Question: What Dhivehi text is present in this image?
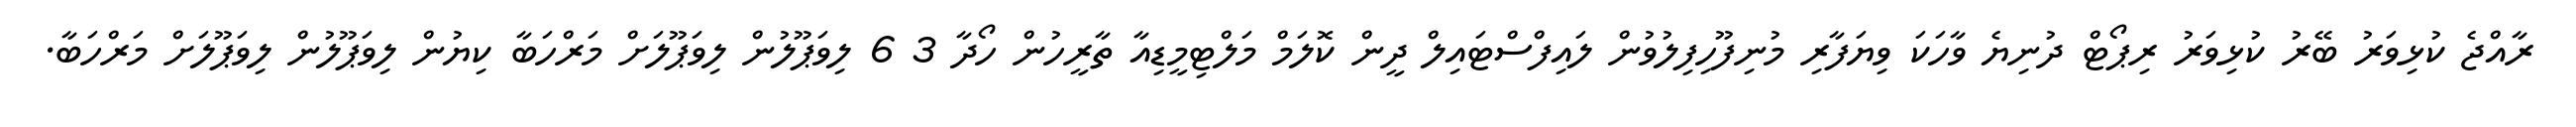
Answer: ރާއްޖެ ކުޅިވަރު ބޭރު ކުޅިވަރު ރިޕޯޓް ދުނިޔެ ވާހަކަ ވިޔަފާރި މުނިފޫހިފިލުވުން ލައިފްސްޓައިލް ދީން ކޮލަމް މަލްޓިމީޑިއާ ތާރީހުން ހޯދާ 3 6 ލިވަޕޫލުން ލިވަޕޫލަށް މަރްހަބާ ކިޔުން ލިވަޕޫލުން ލިވަޕޫލަށް މަރްހަބާ.